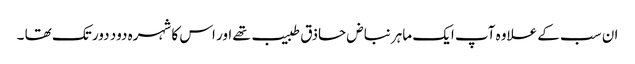
ان سب کے علاوہ آپ ایک ماہر نباض حاذق طبیب تھے اور اس کا شہرہ دود دور تک تھا ۔